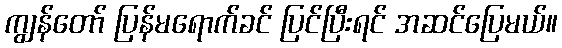
ကျွန်တော် ပြန်မရောက်ခင် ပြင်ပြီးရင် အဆင်ပြေမယ်။